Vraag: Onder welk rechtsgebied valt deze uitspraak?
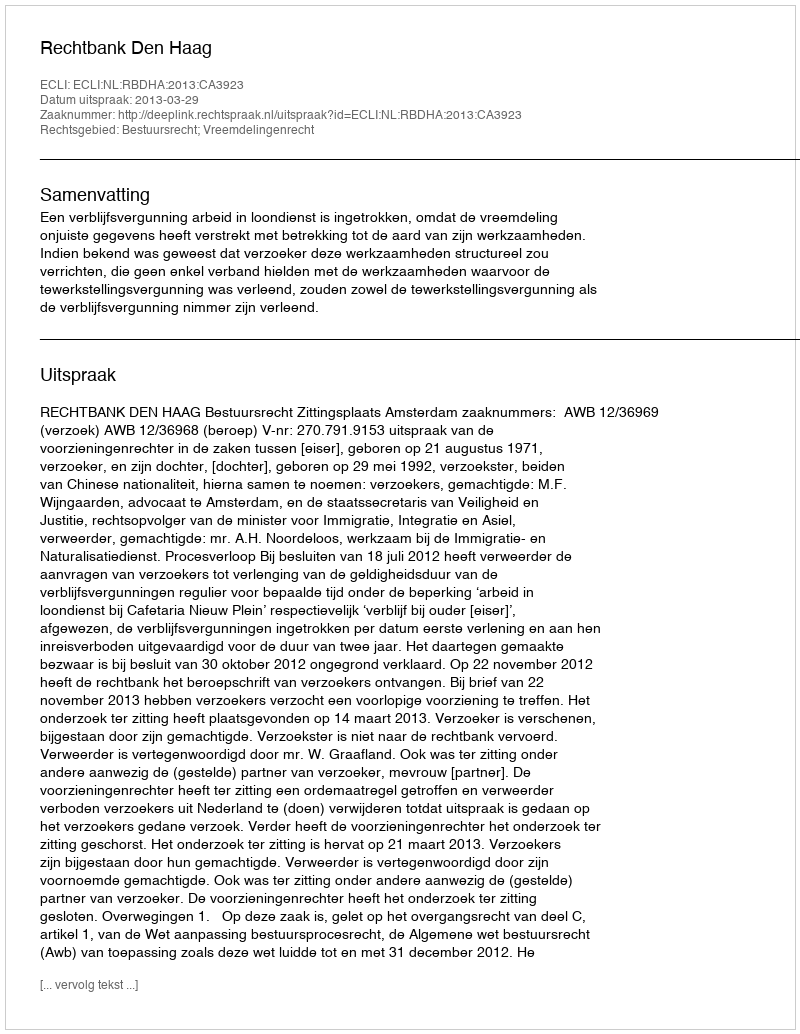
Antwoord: Bestuursrecht; Vreemdelingenrecht